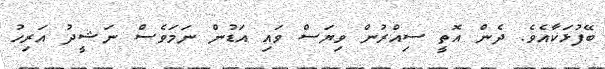
ބޭފުޅަކާއެވެ. ދެން އޮތީ ސިއްރުން ވިޔަސް ވައި އަޑުން ނަމަވެސް ނަޝީދު އަރިހު